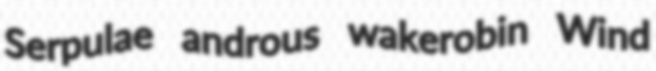
Serpulae androus wakerobin Wind